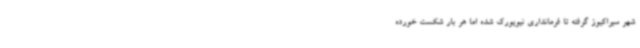
شهر سیراکیوز گرفته تا فرمانداری نیویورک شده اما هر بار شکست خورده